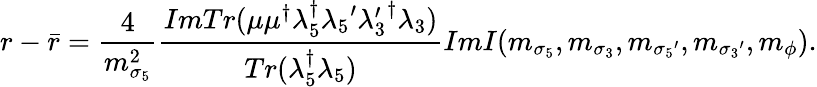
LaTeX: r-\bar{r}=\frac{4}{m_{\sigma_{5}}^{2}}\frac{ImTr(\mu\mu^{\dagger}\lambda_{5}^{\dagger}{\lambda_{5}}^{\prime}{\lambda_{3}^{\prime}}^{\dagger}\lambda_{3})}{Tr(\lambda_{5}^{\dagger}\lambda_{5})}ImI(m_{\sigma_{5}},m_{\sigma_{3}},m_{{\sigma_{5}}^{\prime}},m_{{\sigma_{3}}^{\prime}},m_{\phi}).